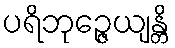
ပရိဘုဉ္ဇေယျန္တိ